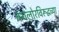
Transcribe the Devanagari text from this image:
बंगलोरविरूद्धच्या